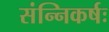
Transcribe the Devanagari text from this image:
संन्निकर्षः